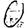
Digit: 0